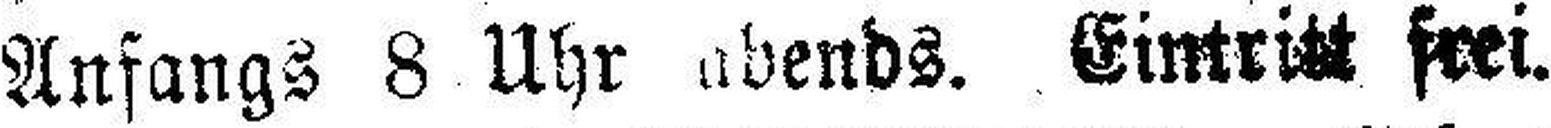
Anfangs 8 Uhr abends. Eintritt frei.